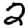
Digit: 2